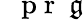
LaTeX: \mathrm{~\textbf~{~p~r~}~}\mathfrak{g}